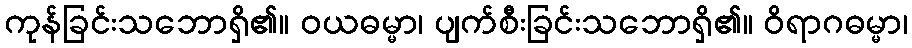
ကုန်ခြင်းသဘောရှိ၏။ ဝယဓမ္မာ၊ ပျက်စီးခြင်းသဘောရှိ၏။ ဝိရာဂဓမ္မာ၊